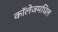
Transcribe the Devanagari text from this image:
काॅलेजमधिल